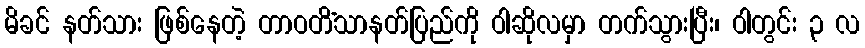
မိခင် နတ်သား ဖြစ်နေတဲ့ တာဝတိံသာနတ်ပြည်ကို ဝါဆိုလမှာ တက်သွားပြီး၊ ဝါတွင်း ၃ လ